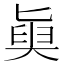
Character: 𡙊